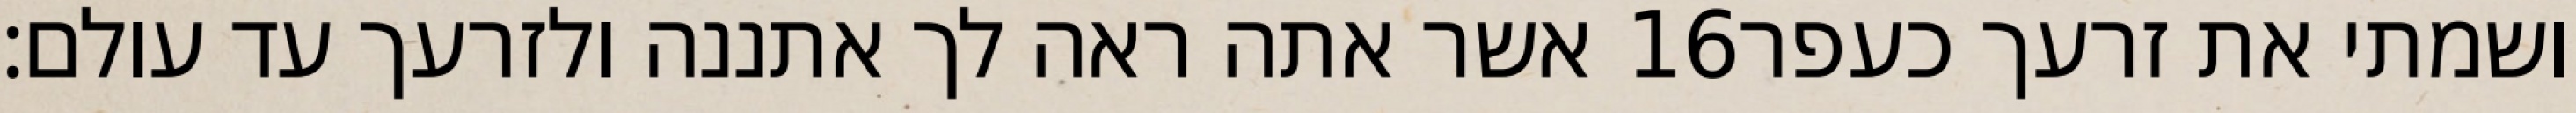
אשר אתה ראה לך אתננה ולזרעך עד עולם׃ ‎16‏ ושמתי את זרעך כעפר